Document type: Sale
Year: 1435
Scribe: Pere Soler
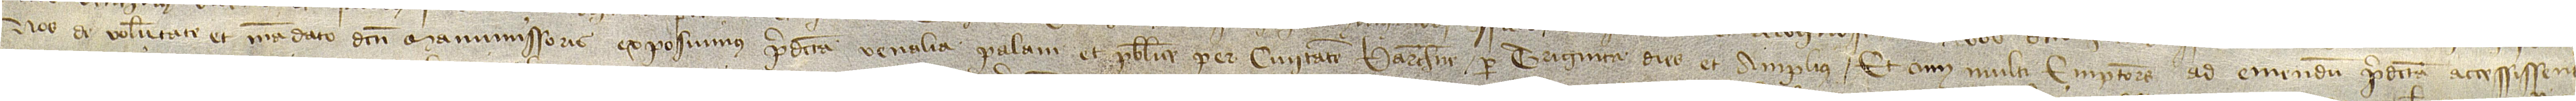
nos, de voluntate et mandato dicti manumissoris, exposuimus predicta venalia palam et publice per civitatem Barchinone per triginta dies et amplius. Et cum multi emptores ad emendum predicta accessissent